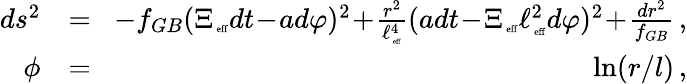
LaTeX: \begin{array}{rlr}{ds^{2}}&{=}&{\! -f_{GB}(\Xi_{\mathrm{\tiny~eff}}dt\! -\! ad\varphi)^{2}\! +\! \frac{r^{2}}{\ell_{\mathrm{\tiny~eff}}^{4}}(adt\! -\! \Xi_{\mathrm{\tiny~eff}}\ell_{\mathrm{\tiny~eff}}^{2}d\varphi)^{2}\! +\! \frac{dr^{2}}{f_{GB}}\, ,}\\ {\phi}&{=}&{\ln(r/l)\, ,}\end{array}